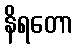
နိရတော